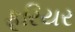
ફૂરિયર